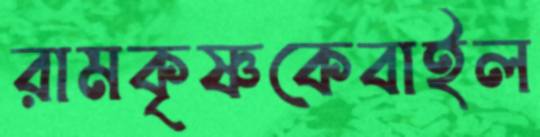
রামকৃষ্ণকেবাইল